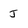
Character: J